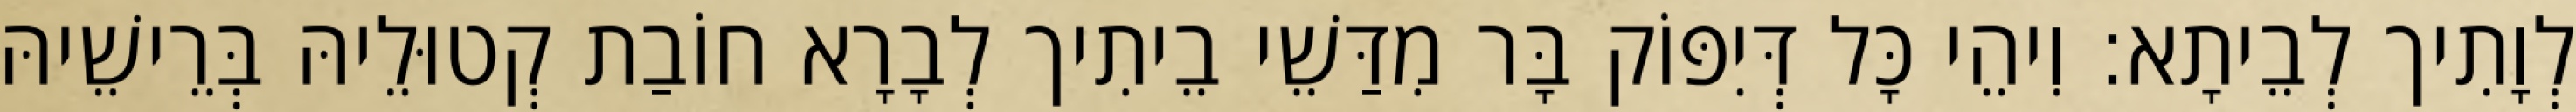
לְוָתִיך לְבֵיתָא׃ וִיהֵי כָּל דְּיִפּוֹק בָּר מִדַּשֵׁי בֵיתִיך לְבָרָא חוֹבַת קְטוּלֵיהּ בְּרֵישֵׁיהּ